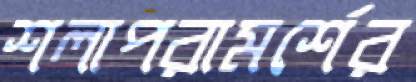
শলাপরামর্শের